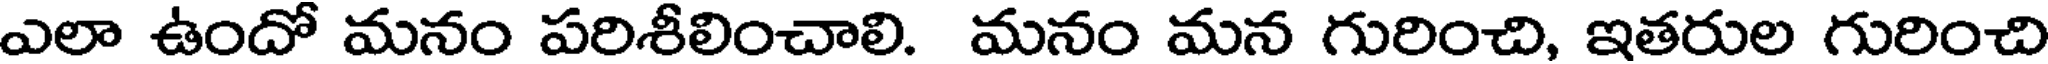
ఎలా ఉందో మనం పరిశీలించాలి. మనం మన గురించి, ఇతరుల గురించి